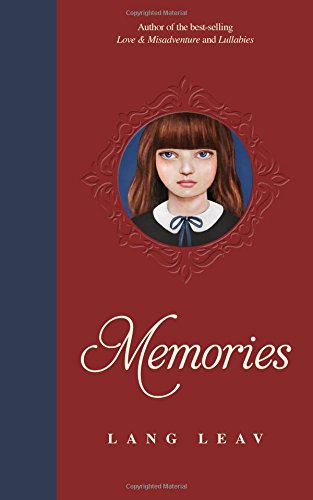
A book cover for Memories; Lang Leav; Romance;